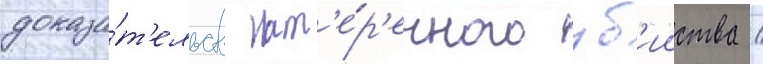
доказа́т'ельств нам'е́р'енного уб'ииства /